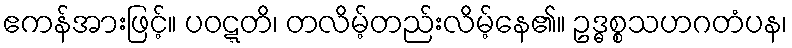
ဧကန်အားဖြင့်။ ပဝဋ္ဋတိ၊ တလိမ့်တည်းလိမ့်နေ၏။ ဥဒ္ဓစ္စသဟဂတံပန၊